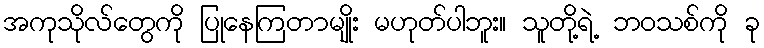
အကုသိုလ်တွေကို ပြုနေကြတာမျိုး မဟုတ်ပါဘူး။ သူတို့ရဲ့ ဘဝသစ်ကို ခု